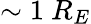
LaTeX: \sim 1\ R_{E}